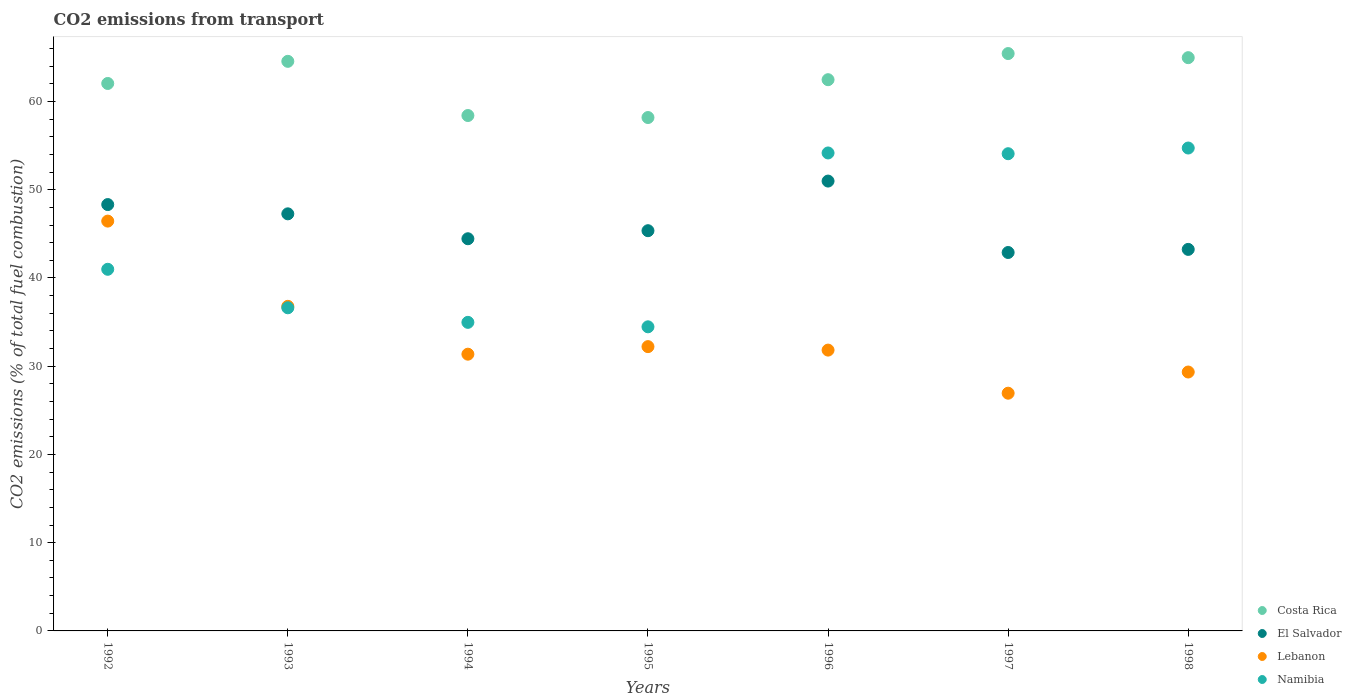
| Years | Costa Rica | El Salvador | Lebanon | Namibia |
 | --- | --- | --- | --- | --- |
 | 1992 | 62 | 48.3 | 46.4 | 41 |
 | 1993 | 64.6 | 47.3 | 36.8 | 36.6 |
 | 1994 | 58.4 | 44.4 | 31.4 | 35 |
 | 1995 | 58.2 | 45.4 | 32.2 | 34.5 |
 | 1996 | 62.5 | 51 | 31.8 | 54.2 |
 | 1997 | 65.4 | 42.9 | 26.9 | 54.1 |
 | 1998 | 65 | 43.2 | 29.3 | 54.7 |